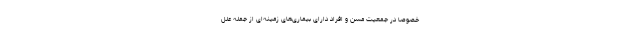
خصوصاً در جمعیت مسن و افراد دارای بیماری‌های زمینه‌ای از جمله علل